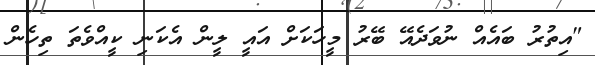
"އިތުރު ބައެއް ނުވަދެއޭ ބޭރު މީހަކަށް އައީ ލީން އެކަނި ކީއްވެތަ ތިހެން